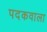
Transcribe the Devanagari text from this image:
पदकवाला